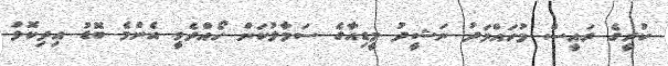
ކުރީގެ ރައީސް މުހައްމަދު ނަޝީދު މީޑިއާގެ ސަމާލުކަން ހޯއްދެވީ އެންމެ ބޮޑު އިދިކޮޅު